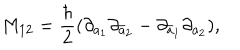
LaTeX: M _ { 1 2 } = \frac { \hbar } { 2 } ( \partial _ { a _ { 1 } } \partial _ { \bar { a } _ { 2 } } - \partial _ { \bar { a } _ { 1 } } \partial _ { a _ { 2 } } ) ,